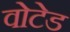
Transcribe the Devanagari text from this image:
वोटेड